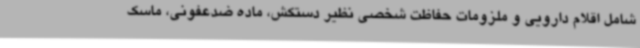
شامل اقلام دارویی و ملزومات حفاظت شخصی نظیر دستکش، ماده ضدعفونی، ماسک